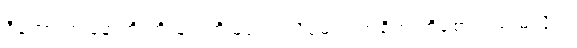
ဒီတော့ ကျနော်တို့ ကို များကိုမြင်ရပါလိမ့်မယ် အဓိက ကိုစောင့်စရာမလိုပဲ။